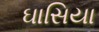
ઘાસિયા